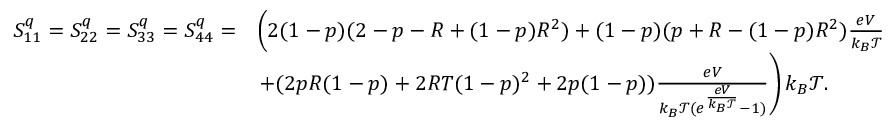
\begin{array} { r l } { S _ { 1 1 } ^ { q } = S _ { 2 2 } ^ { q } = S _ { 3 3 } ^ { q } = S _ { 4 4 } ^ { q } = } & { \left( 2 ( 1 - p ) ( 2 - p - R + ( 1 - p ) R ^ { 2 } ) + ( 1 - p ) ( p + R - ( 1 - p ) R ^ { 2 } ) \frac { e V } { k _ { B } \mathcal { T } } \right. } \\ & { \left. + ( 2 p R ( 1 - p ) + 2 R T ( 1 - p ) ^ { 2 } + 2 p ( 1 - p ) ) \frac { e V } { k _ { B } \mathcal { T } ( e ^ { \frac { e V } { k _ { B } \mathcal { T } } } - 1 ) } \right) k _ { B } \mathcal { T } . } \end{array}